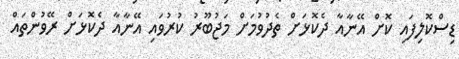
ޑިސްކޮލިފައި ކޮށް އޭނާއާ ދެކޮޅަށް ތެދުވުމަށް މަޖުބޫރު ކުރުވައި އޭނާއާ ދެކޮޅަށް ރޭވުންތައް